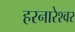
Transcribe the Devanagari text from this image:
हरनारेश्वर